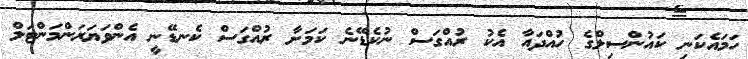
ހަމައެކަނި ކައުންސިލްގެ ހުއްދައާ އެކު ރުއްގަސް ނުކެޑޭނެ ކަމަށާ ރުއްގަސް ކެނޑޭނީ އެންވަޔަރަންމަންޓަލް